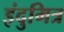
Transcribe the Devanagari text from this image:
इंदुमित्र